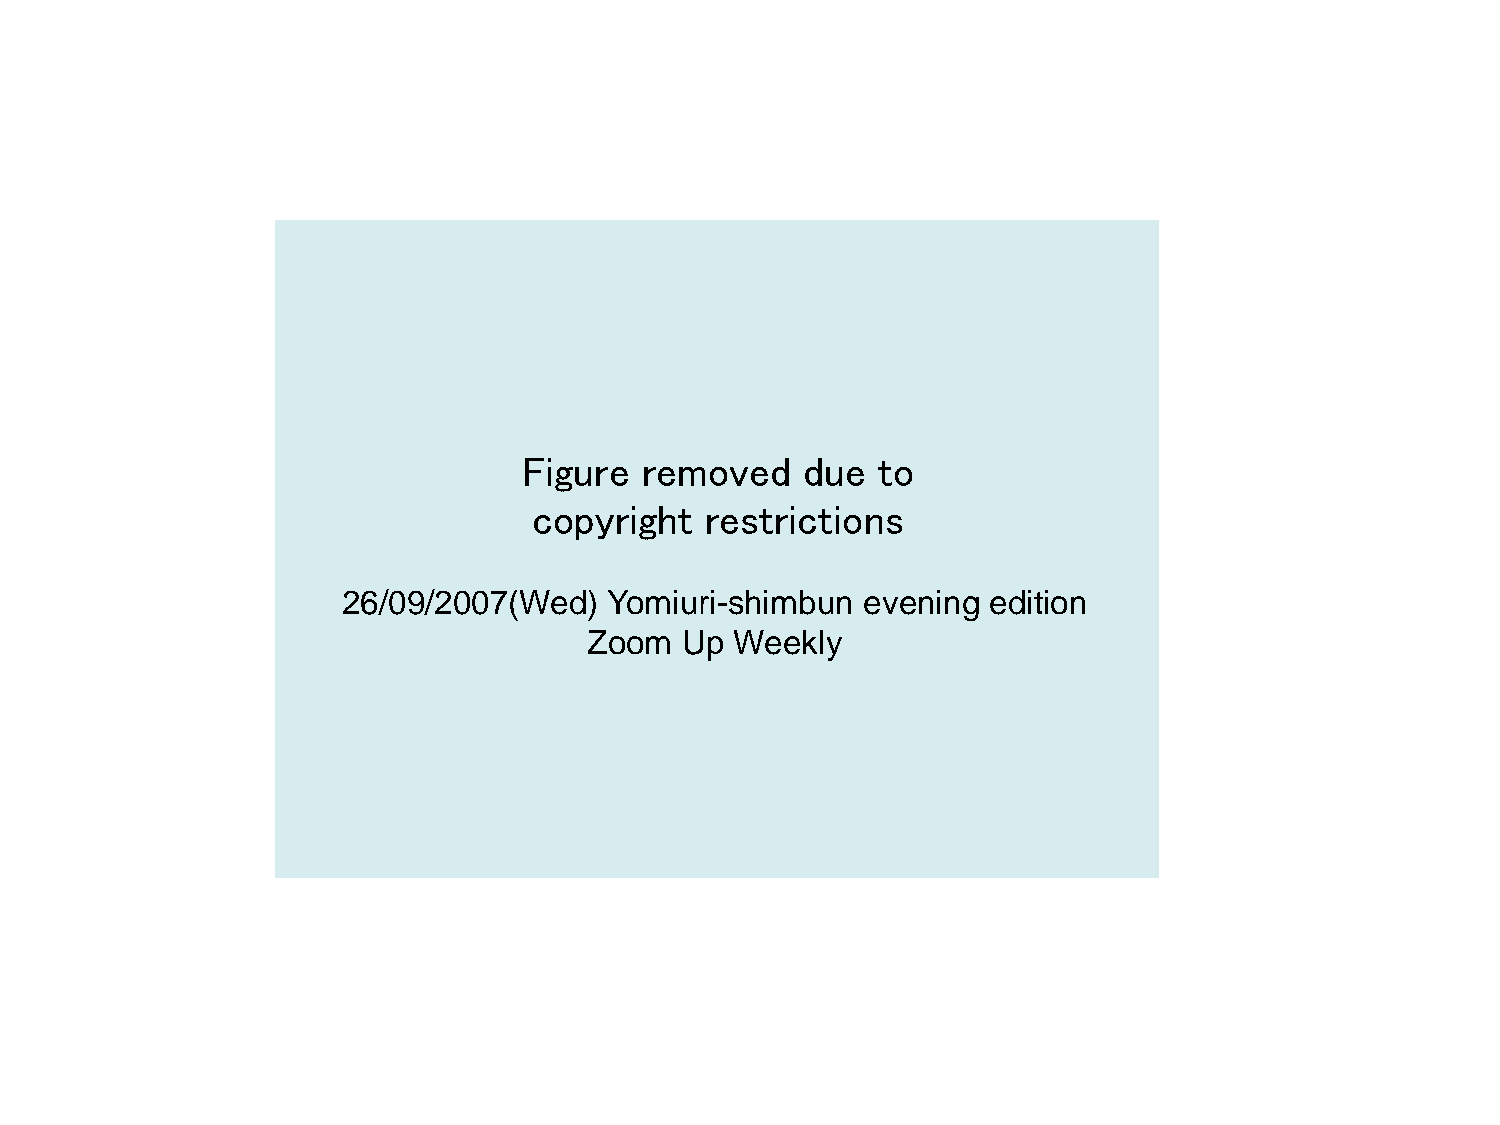
Figure removed    due  to
 copyright   restrictions
 26/09/2007(Wed)  Yomiuri-shimbun  evening edition
 Zoom  Up  Weekly